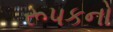
રૂપકનો